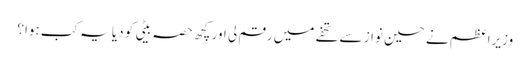
وزیراعظم نے حسین نواز سے تحفے میں رقم لی اور کچھ حصہ بیٹی کو دیا یہ کب ہوا؟